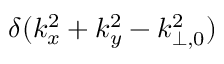
\delta ( k _ { x } ^ { 2 } + k _ { y } ^ { 2 } - k _ { \perp , 0 } ^ { 2 } )